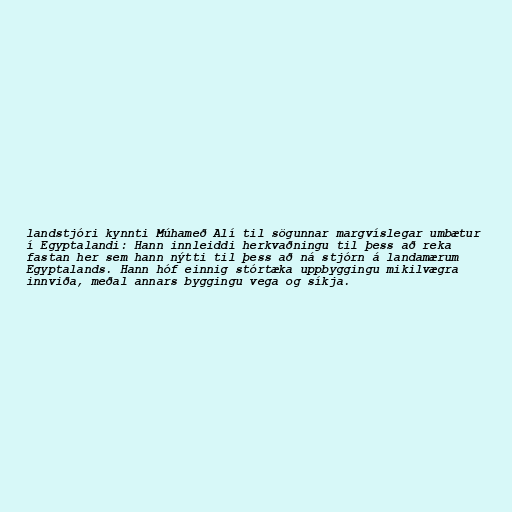
landstjóri kynnti Múhameð Alí til sögunnar margvíslegar umbætur
í Egyptalandi: Hann innleiddi herkvaðningu til þess að reka
fastan her sem hann nýtti til þess að ná stjórn á landamærum
Egyptalands. Hann hóf einnig stórtæka uppbyggingu mikilvægra
innviða, meðal annars byggingu vega og síkja.